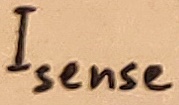
Text: Isense